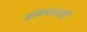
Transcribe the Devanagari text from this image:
डॉलफसची